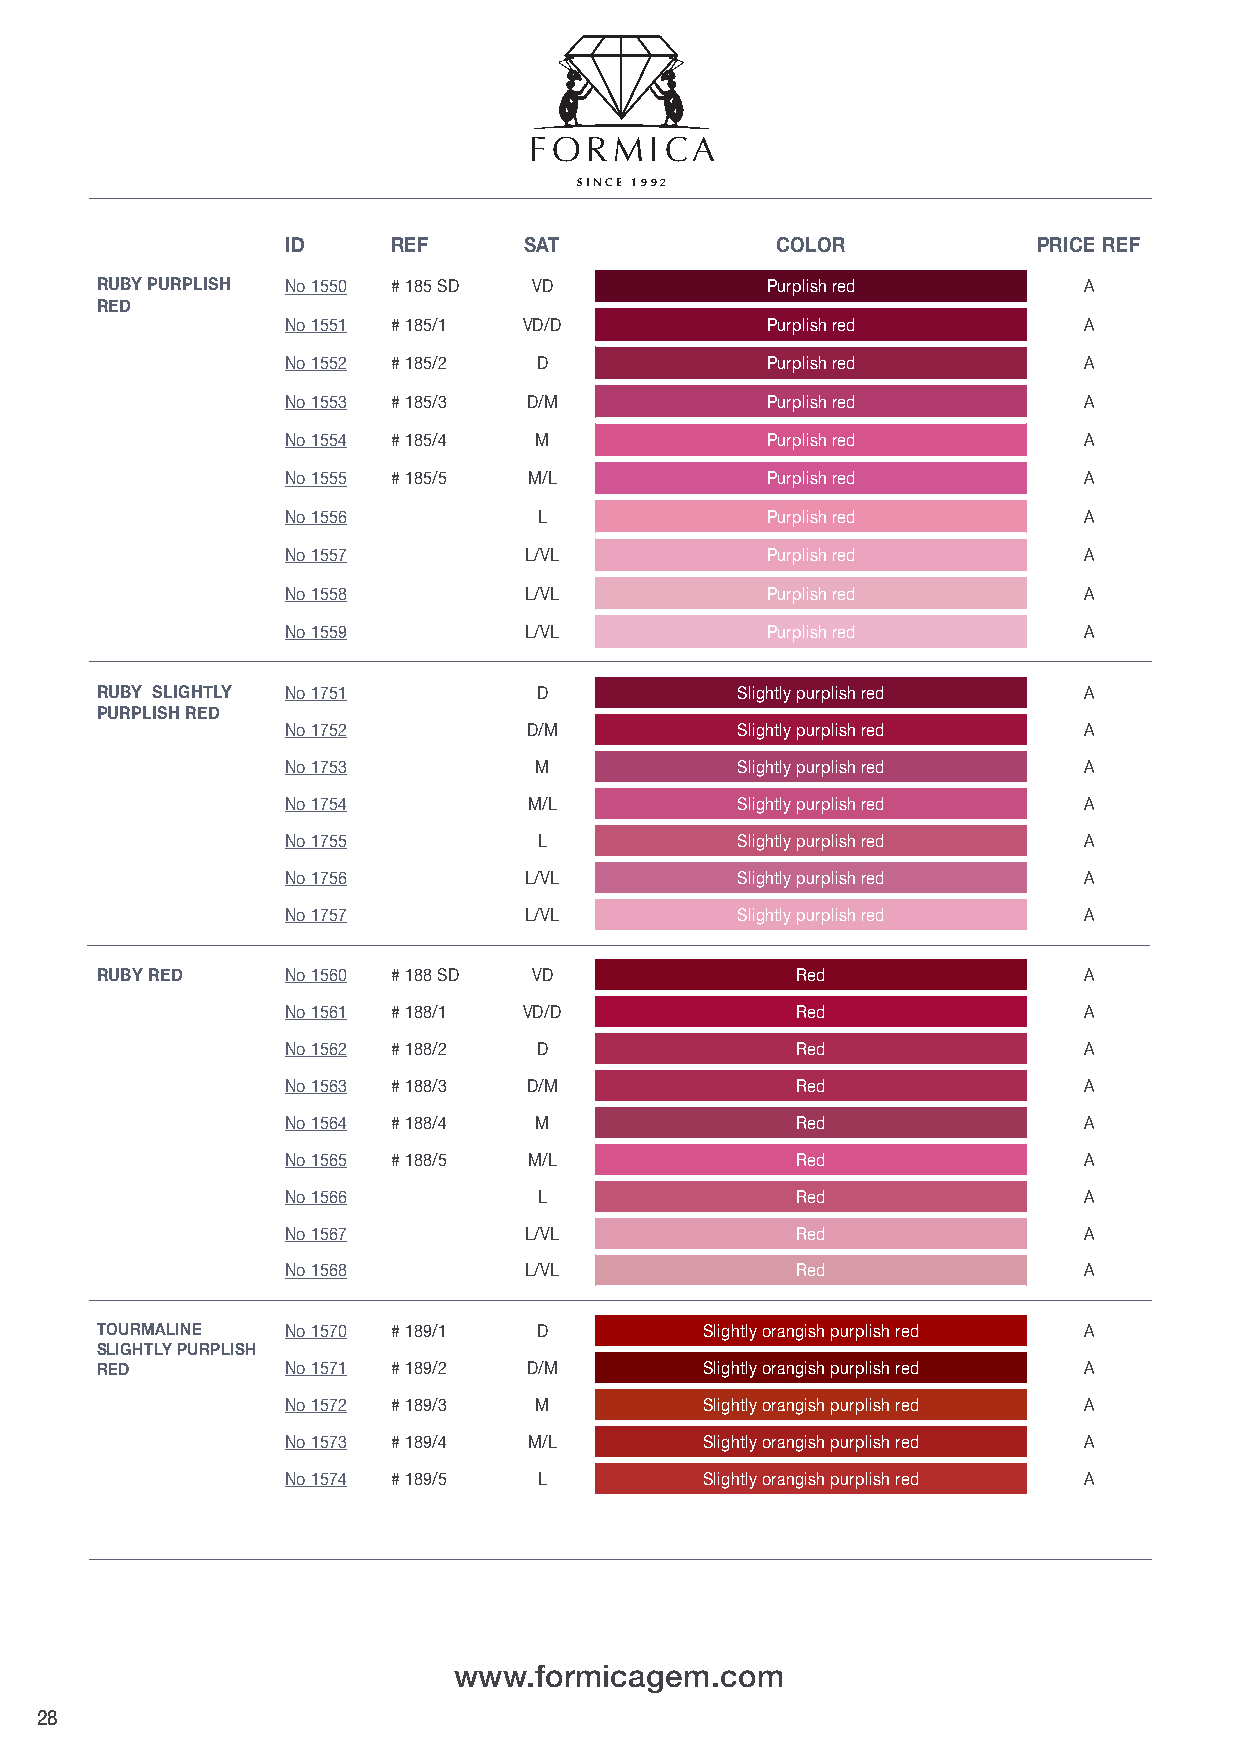
FFOORRMMIICCAA
 SSIINN CCEE 11999922
 ID     REF      SAT             COLOR             PRICE REF
 RUBY PURPLISH No 1550 # 185 SD VD            Purplish red         A
 RED
 No 1551 # 185/1 VD/D            Purplish red         A
 No 1552 # 185/2  D              Purplish red         A
 No 1553 # 185/3 D/M             Purplish red         A
 No 1554 # 185/4 M               Purplish red         A
 No 1555 # 185/5 M/L             Purplish red         A
 No 1556          L              Purplish red         A
 No 1557         L/VL            Purplish red         A
 No 1558         L/VL            Purplish red         A
 No 1559         L/VL            Purplish red         A
 RUBY SLIGHTLY No 1751         D            Slightly purplish red  A
 PURPLISH RED
 No 1752         D/M           Slightly purplish red  A
 No 1753         M             Slightly purplish red  A
 No 1754         M/L           Slightly purplish red  A
 No 1755          L            Slightly purplish red  A
 No 1756         L/VL          Slightly purplish red  A
 No 1757         L/VL          Slightly purplish red  A
 RUBY RED     No 1560 # 188 SD VD               Red                A
 No 1561 # 188/1 VD/D              Red                A
 No 1562 # 188/2  D                Red                A
 No 1563 # 188/3 D/M               Red                A
 No 1564 # 188/4 M                 Red                A
 No 1565 # 188/5 M/L               Red                A
 No 1566          L                Red                A
 No 1567         L/VL              Red                A
 No 1568         L/VL              Red                A
 TOURMALINE   No 1570 # 189/1  D          Slightly orangish purplish red A
 SLIGHTLY PURPLISH
 RED          No 1571 # 189/2 D/M         Slightly orangish purplish red A
 No 1572 # 189/3 M           Slightly orangish purplish red A
 No 1573 # 189/4 M/L         Slightly orangish purplish red A
 No 1574 # 189/5  L          Slightly orangish purplish red A
 wwwwww..ffoorrmmiiccaaggeemm..ccoomm
 28